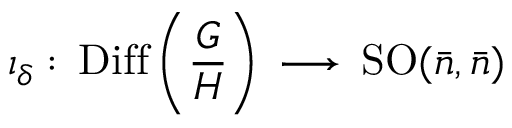
\iota _ { \delta } : \, \mathrm { D i f f } \left( { \frac { \cal G } { \cal H } } \right) \, \longrightarrow \, \mathrm { S O } ( { \bar { n } } , { \bar { n } } )